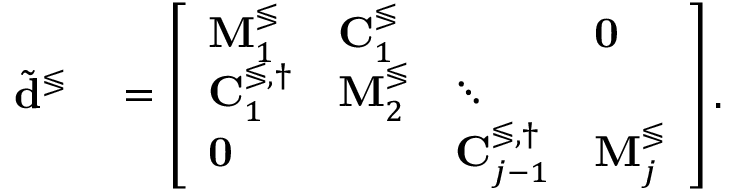
\begin{array} { r l } { \tilde { \mathbf { d } } ^ { \lessgtr } } & { { } = \left[ \begin{array} { l l l l } { \mathbf { M } _ { 1 } ^ { \lessgtr } } & { \mathbf { C } _ { 1 } ^ { \lessgtr } } & { } & { \mathbf { 0 } } \\ { \mathbf { C } _ { 1 } ^ { \lessgtr , \dagger } } & { \mathbf { M } _ { 2 } ^ { \lessgtr } } & { \ddots } \\ { \mathbf { 0 } } & { } & { \mathbf { C } _ { j - 1 } ^ { \lessgtr , \dagger } } & { \mathbf { M } _ { j } ^ { \lessgtr } } \end{array} \right] . } \end{array}